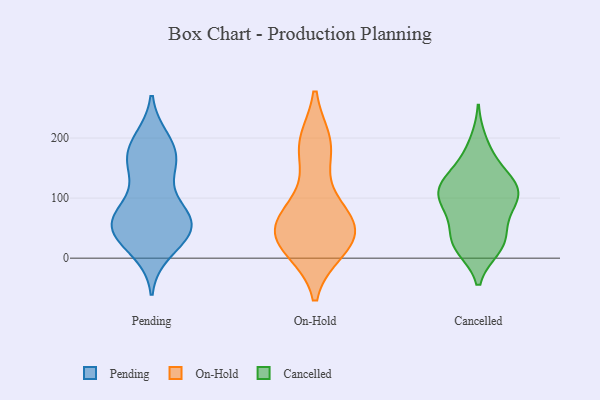
{"axis": {"x": "Website Visitors", "y": "Value"}, "legend": ["Cancelled", "On-Hold", "Pending"], "data": [{"x": "", "y": 67, "type": "Pending"}, {"x": "", "y": 87, "type": "Pending"}, {"x": "", "y": 57, "type": "Pending"}, {"x": "", "y": 33, "type": "Pending"}, {"x": "", "y": 27, "type": "Pending"}, {"x": "", "y": 12, "type": "Pending"}, {"x": "", "y": 159, "type": "Pending"}, {"x": "", "y": 149, "type": "Pending"}, {"x": "", "y": 188, "type": "Pending"}, {"x": "", "y": 158, "type": "Pending"}, {"x": "", "y": 59, "type": "Pending"}, {"x": "", "y": 38, "type": "Pending"}, {"x": "", "y": 60, "type": "Pending"}, {"x": "", "y": 82, "type": "Pending"}, {"x": "", "y": 190, "type": "Pending"}, {"x": "", "y": 52, "type": "Pending"}, {"x": "", "y": 197, "type": "Pending"}, {"x": "", "y": 156, "type": "Pending"}, {"x": "", "y": 62, "type": "Pending"}, {"x": "", "y": 16, "type": "On-Hold"}, {"x": "", "y": 24, "type": "On-Hold"}, {"x": "", "y": 52, "type": "On-Hold"}, {"x": "", "y": 180, "type": "On-Hold"}, {"x": "", "y": 74, "type": "On-Hold"}, {"x": "", "y": 55, "type": "On-Hold"}, {"x": "", "y": 49, "type": "On-Hold"}, {"x": "", "y": 190, "type": "On-Hold"}, {"x": "", "y": 91, "type": "On-Hold"}, {"x": "", "y": 191, "type": "On-Hold"}, {"x": "", "y": 21, "type": "On-Hold"}, {"x": "", "y": 38, "type": "On-Hold"}, {"x": "", "y": 134, "type": "Cancelled"}, {"x": "", "y": 110, "type": "Cancelled"}, {"x": "", "y": 38, "type": "Cancelled"}, {"x": "", "y": 88, "type": "Cancelled"}, {"x": "", "y": 124, "type": "Cancelled"}, {"x": "", "y": 106, "type": "Cancelled"}, {"x": "", "y": 106, "type": "Cancelled"}, {"x": "", "y": 17, "type": "Cancelled"}, {"x": "", "y": 20, "type": "Cancelled"}, {"x": "", "y": 48, "type": "Cancelled"}, {"x": "", "y": 20, "type": "Cancelled"}, {"x": "", "y": 168, "type": "Cancelled"}, {"x": "", "y": 194, "type": "Cancelled"}, {"x": "", "y": 24, "type": "Cancelled"}, {"x": "", "y": 122, "type": "Cancelled"}, {"x": "", "y": 144, "type": "Cancelled"}, {"x": "", "y": 81, "type": "Cancelled"}, {"x": "", "y": 108, "type": "Cancelled"}, {"x": "", "y": 81, "type": "Cancelled"}]}